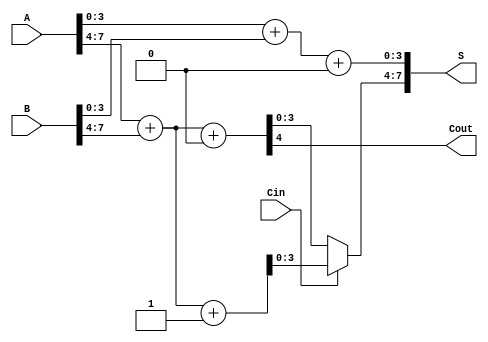
module han_carlson_adder #(
    parameter N = 8,  // Width of the input numbers
    parameter K = 4   // Width of each block
)(
    input [N-1:0] A,    // First input number
    input [N-1:0] B,    // Second input number
    input Cin,          // Carry-in
    output [N-1:0] S,   // Sum output
    output Cout         // Carry-out
);

    // Number of blocks
    localparam NUM_BLOCKS = N / K;

    // Internal signals
    wire [K-1:0] S0 [0:NUM_BLOCKS-1]; // Sum with carry-in = 0
    wire [K-1:0] S1 [0:NUM_BLOCKS-1]; // Sum with carry-in = 1
    wire [NUM_BLOCKS-1:0] C_out;       // Carry-out from each block
    wire [NUM_BLOCKS-1:0] C_in;        // Carry-in for each block

    // Assign initial carry-in for the first block
    assign C_in[0] = Cin;

    // Generate each block
    genvar i;
    generate
        for (i = 0; i < NUM_BLOCKS; i = i + 1) begin : adder_block
            // Compute the sums for carry-in = 0 and carry-in = 1
            assign {C_out[i], S0[i]} = A[i*K +: K] + B[i*K +: K] + 1'b0; // Carry-in = 0
            assign {C_out[i], S1[i]} = A[i*K +: K] + B[i*K +: K] + 1'b1; // Carry-in = 1

            // Select the appropriate sum based on the previous block's carry-out
            if (i == 0) begin
                assign S[i*K +: K] = S0[i]; // First block, use S0 directly
            end else begin
                assign S[i*K +: K] = C_in[i-1] ? S1[i] : S0[i];
            end

            // Carry-in for the next block based on current block's carry-out
            if (i < NUM_BLOCKS - 1) begin
                assign C_in[i + 1] = C_out[i];
            end
        end
    endgenerate

    // Final carry-out
    assign Cout = C_out[NUM_BLOCKS - 1];

endmodule